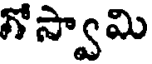
గోస్వామి